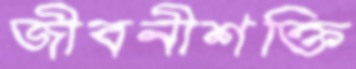
জীবনীশক্তি